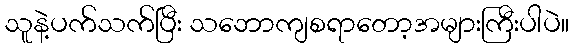
သူနဲ့ပက်သက်ပြီး သဘောကျစရာတော့အများကြီးပါပဲ။